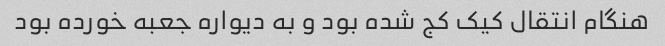
هنگام انتقال کیک کج شده بود و به دیواره جعبه خورده بود